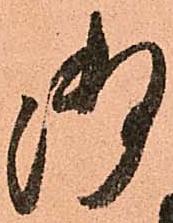
御